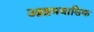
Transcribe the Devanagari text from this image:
आश्रमवासिक